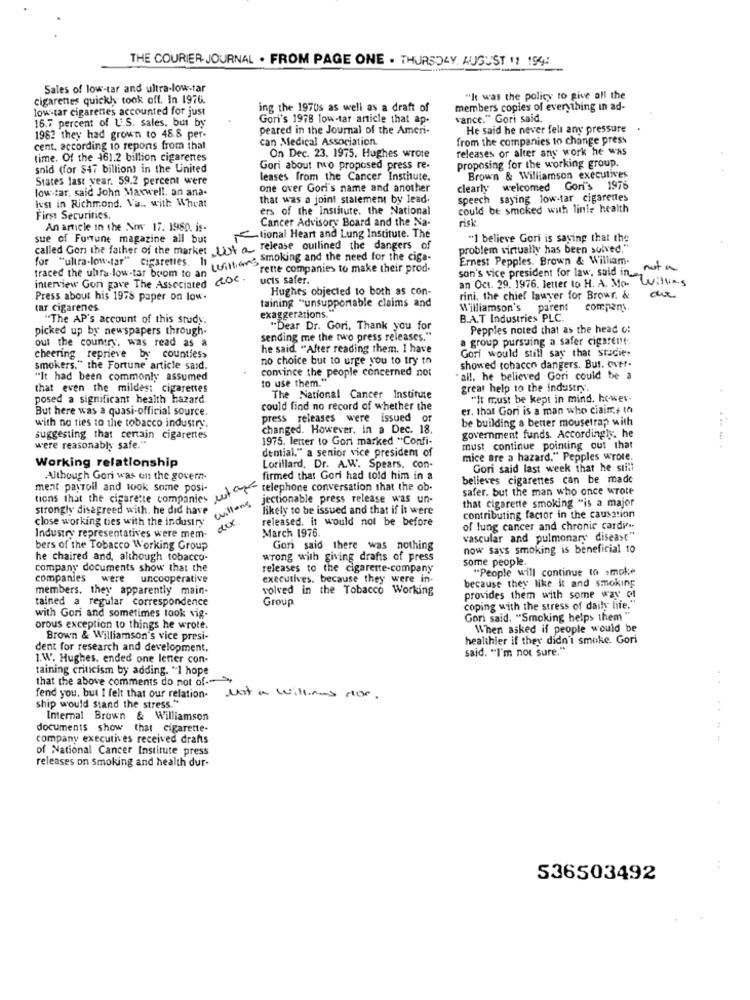
THE COURIER JOURNAL . FROM PAGE ONE . THURSDAY, AUGUST 11 194:
Sales of low-tar and ultra-low-tar
cigarettes quickly took off. In 1976.
"It was the policy to give all the
low-tar cigarenes accounted for just
ing the 1970s as well as a draft of
members copies of everything in ad-
16.7 percent of L'.S. sales, but by
Gori's 1978 low-tar article that ap.
vance." Gori said,
peared in the Journal of the Ameri-
He said he never fell any pressure
1962 they had grown to 48.8 per-
can Medical Association.
from the companies to change press
cent. according to repons from that
On Dec. 23. 1975. Hughes wrote
releases or alter any work he was
time. Of the 461.2 billion cigarettes
sold (for $47 billion) in the United
Gori about two proposed press re.
proposing for the working group.
States last year. 59.2 percent were
leases from the Cancer Institute.
Brown & Williamson executives
low car, said John Maxwell. an ana-
one over Gori's name and another
clearly welcomed Gori's 1976
ivst in Richmond. Va .. with Wheat
that was a joint statement by lead.
speech saying low-tar cigarettes
ers of the institute. the National
could be smoked with linie health
First Securities.
Cancer Advisory Board and the Na-
risk.
An article in the Now 17. 1980. is-
sue of Fortune magazine all bus
tional Heart and Lung Institute. The
"I believe Gori is saying that the
called Gon the father of the market Just a release outlined the dangers of
traced the ultra low-tar boom to an Luftlion's mulig and the need for the cica.
problem virtually has been solved."
for "ultra-low-tar" cigarettes. It
Ernest Pepples. Brown & William.
rette companies to make their prod.
son's vice president for law, said in_
not a
interview Gon gave The Associated Ctoc .
ucts safer.
Willing
Hughes objected to both as con-
an Oct. 29. 1976. letter to H. A. Mo-
Press about his 1978 paper on low-
taining "unsupportable claims and
rini, the chief lawyer for Browr. &
tar cigarenes
Williamson's
parent
compens
"The AP's account of this study.
exaggerations."
B.A.T Industries PLC.
picked up by newspapers through-
"Dear Dr. Gori, Thank you for
Pepples noted that as the head o:
out the country, was read as a
sending me the two press releases."
a group pursuing a safer cigarene.
he said. "After reading them. I have
Gori would still say that sracie
cheering reprieve by counties>
no choice but to urge you to try to
smokers." the Fortune article said.
convince the people concerned not
showed tobacco dangers. But. over-
"It had been commonly assumed
to use them."
"all. he believed Gori could be a
that even the mildes: cigarettes
great help to the industry.
posed a significant health hazard.
The National Cancer Institute
"It must be kept in mind. hower-
But here was a quasi-official source.
could find no record of whether the
er. that Gori is a man who ciain,s th
with no ties to the tobacco industry.
press releases were issued or
be building a better mousetrap with
changed. However, in a Dec. 18.
suggesting that certain cigarettes
1975. lenter to Gori marked "Confi-
government funds. Accordingly. he
were reasonably safe."
must continue pointing out that
Working relationship
dential." a senior vice president of
mice are a hazard." Pepples wrote.
Lorillard, Dr. A.W. Spears. con-
Gori said last week that he still
Although Gori was on the govern-
firmed that Gori had told him in a
believes cigarenes can be made
ment payroll and took some posi-
tichs that the cigarette companies for telephone conversation that the ob.
safer. but the man who once wrote
willems
jectionable press release was un-
that cigarette smoking "is a major
strongly disagreed with. he did have
likely to be issued and that if it were
close working ties with the industry
released. it would not be before
contributing factor in the causation
Industry representatives were mem- o
of lung cancer and chronic cardif
March 1976.
vascular and pulmonary disease"
bers of the Tobacco Working Group
Gori said there was nothing
now says smoking is beneficial to
he chaired and, although tobacco-
wrong with giving drafts of press
some people
company documents show that the
releases to the cigarette-company
"People will continue to smoke
companies were uncooperative
executives. because they were in.
because they like it and smoking
members. they apparently main-
volved in the Tobacco Working
tained a regular correspondence
Group
provides them with some way of
with Gori and sometimes took vig.
coping with the stress of daily life."
Gori said, "Smoking helps them "
orous exception to things he wrote.
When asked if people would be
Brown & Williamson's vice presi-
healthier if they didn't smoke. Gori
dent for research and development.
said. "I'm not sure."
1.W. Hughes, ended one letter con-
taining criticism by adding. "I hope
that the above comments do not of.
fend you. but I felt that our relation-
Not a williams stor.
ship would stand the stress."
Internal Brown & Williamson
documents show that cigarette-
company executives received drafts
of National Cancer Institute press
releases on Smoking and health dur-
536503492